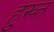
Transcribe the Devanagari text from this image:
हुख्त